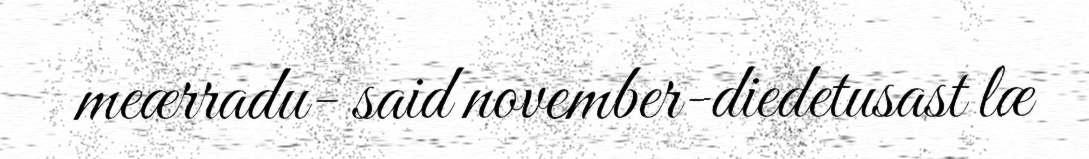
meærradu- said november-diedetusast læ